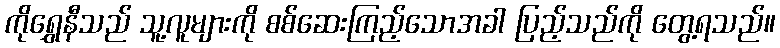
ကိုရွှေနီသည် သူ့လူများကို စစ်ဆေးကြည့်သောအခါ ပြည့်သည်ကို တွေ့ရသည်။